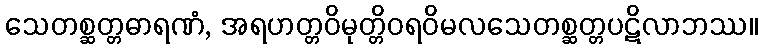
သေတစ္ဆတ္တဓာရဏံ, အရဟတ္တဝိမုတ္တိဝရဝိမလသေတစ္ဆတ္တပဋိလာဘဿ။